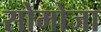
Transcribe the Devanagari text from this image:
सोमोजा